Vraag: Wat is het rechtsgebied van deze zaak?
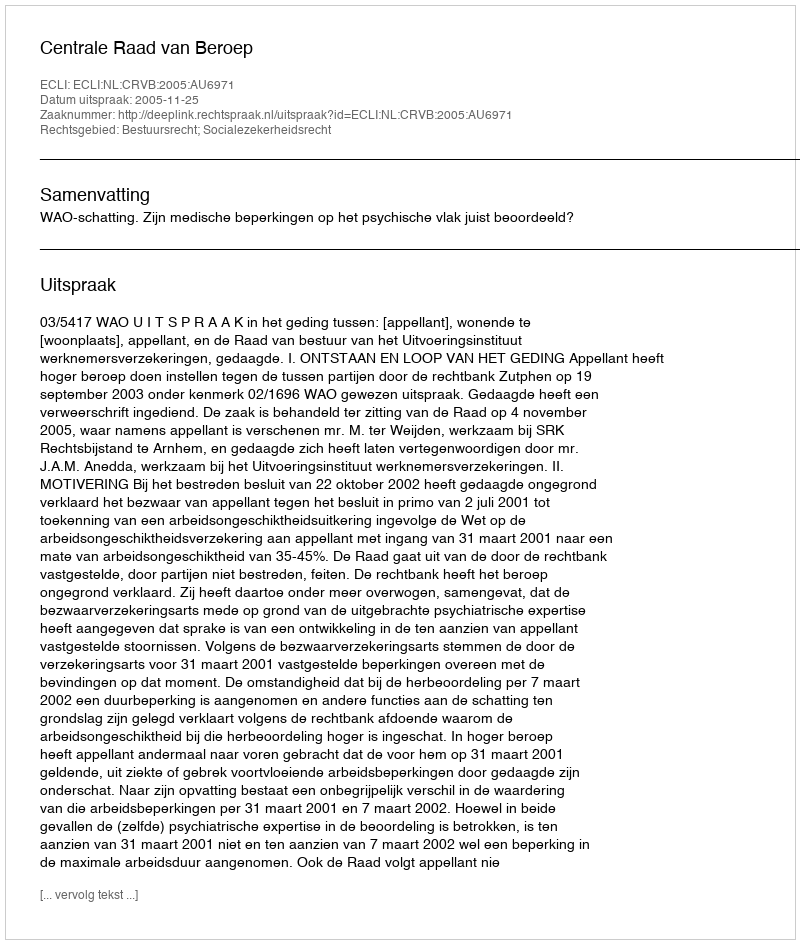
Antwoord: Bestuursrecht; Socialezekerheidsrecht